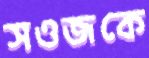
সওজকে